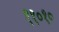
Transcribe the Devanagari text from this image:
११०१०